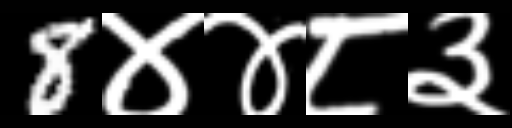
Text: 8४४८३